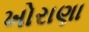
ખોરાણા